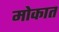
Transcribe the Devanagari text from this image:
मोकात